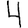
Digit: 4